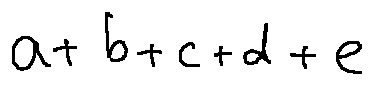
a + b + c + d + e